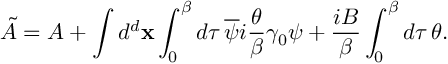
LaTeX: \tilde { A } = A + \int d ^ { d } { \bf x } \int _ { 0 } ^ { \beta } d \tau { \, } \overline { { { \psi } } } i \frac { \theta } { \beta } \gamma _ { 0 } \psi + \frac { i B } { \beta } \int _ { 0 } ^ { \beta } d \tau { \, } \theta .